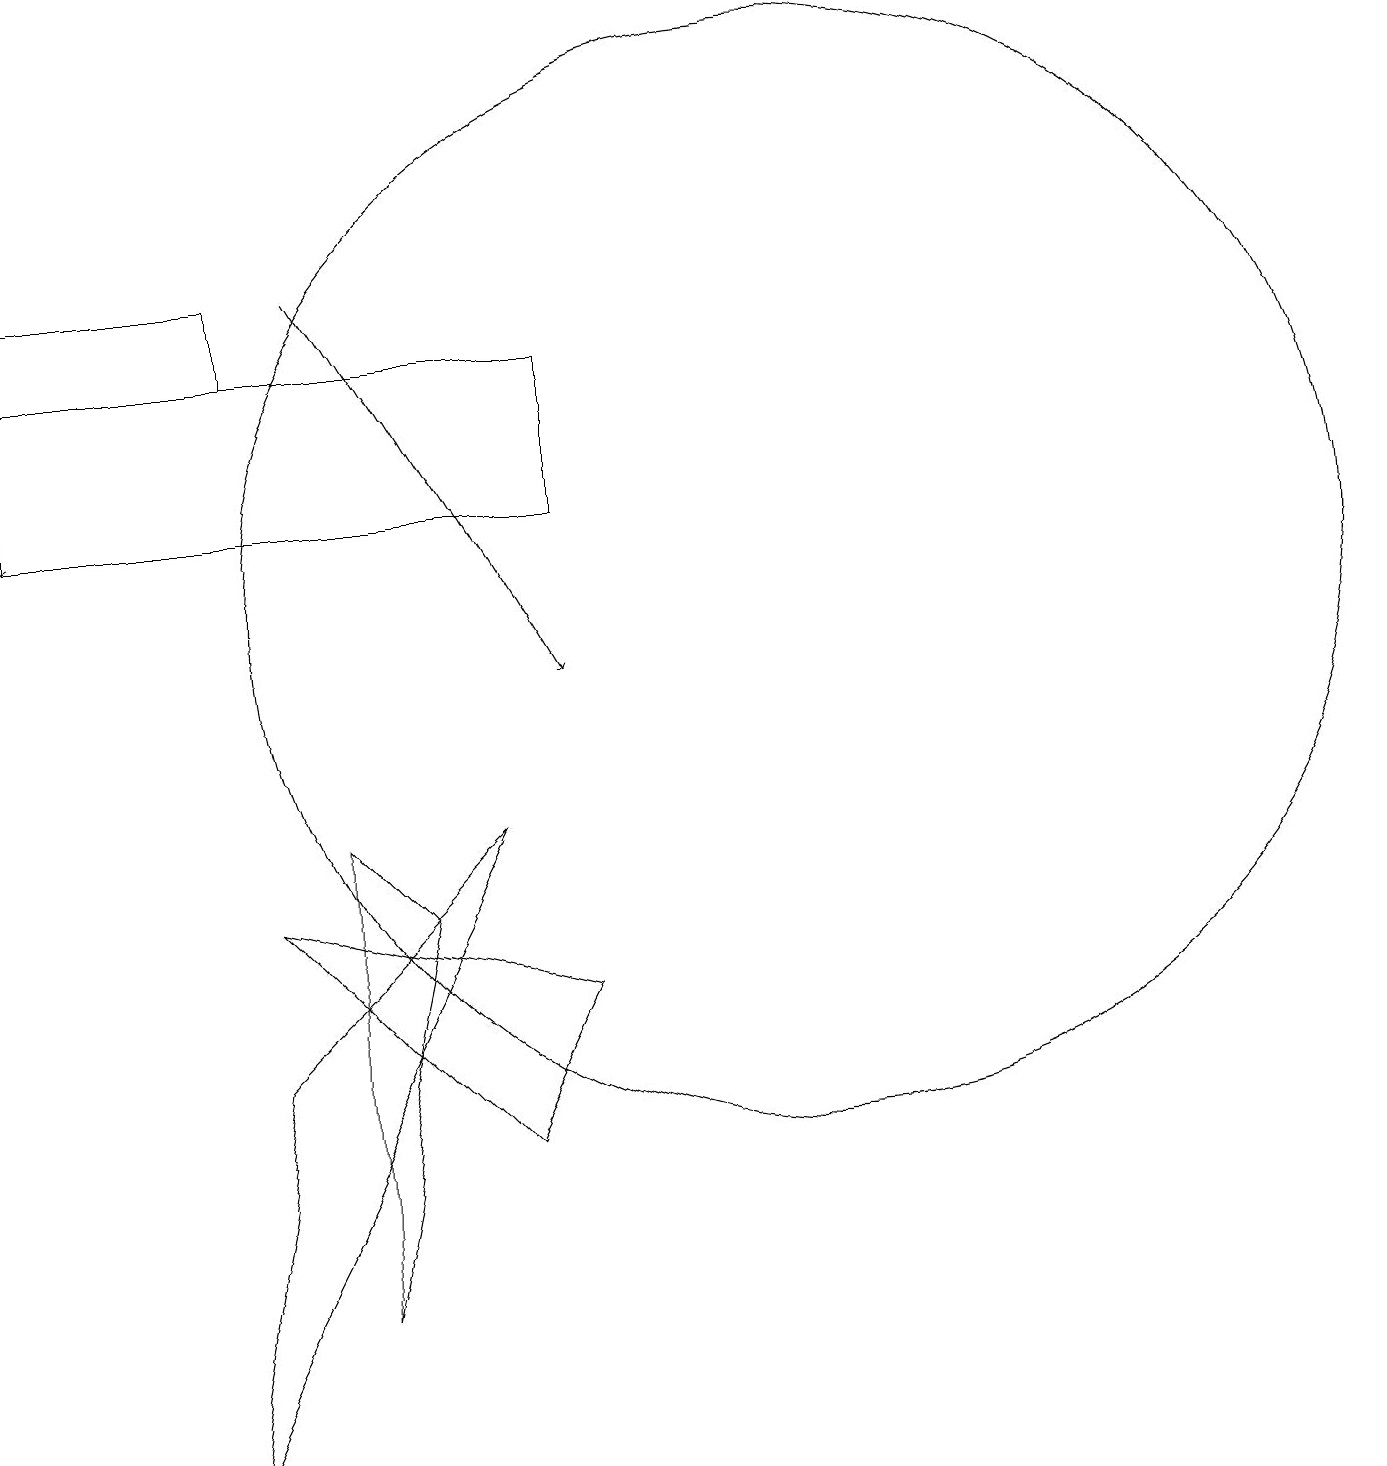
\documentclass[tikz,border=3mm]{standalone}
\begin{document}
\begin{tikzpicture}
\draw (3,15) rectangle (0,16);
\draw (10,12) circle (7);
\draw (2,1) -- (3,6) -- (6,9) -- cycle;
\draw (4,9) -- (5,8) -- (4,3) -- cycle;
\draw[->] (4,16) -- (7,11);
\draw[->] (0,17) -- (0,13);
\draw (6,5) -- (7,7) -- (3,8) -- cycle;
\draw (0,15) rectangle (7,13);
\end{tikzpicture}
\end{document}